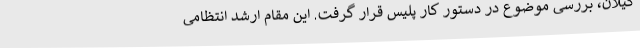
گیلان، بررسی موضوع در دستور کار پلیس قرار گرفت. این مقام ارشد انتظامی